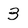
Character: 3